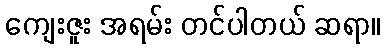
ကျေးဇူး အရမ်း တင်ပါတယ် ဆရာ။